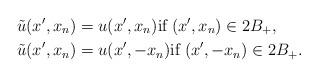
LaTeX: \begin{align*}&\tilde{u} (x',x_n)=u(x',x_n)\mbox{if}\; (x',x_n)\in 2B_+ ,\\ &\tilde{u} (x',x_n)=u(x',-x_n)\mbox{if}\; (x',-x_n)\in 2B_+.\end{align*}